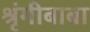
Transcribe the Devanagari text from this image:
श्रृंगीबाबा